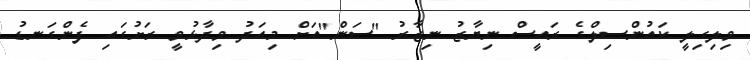
ވިލިގިލީ ކައުންސިލްގެ ރައީސް ނިޔާޒު ނިޒާރު "ސަން"އަށް މިއަދު ވިދާޅުވީ ރަށުގައި ފެންގަނޑު